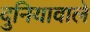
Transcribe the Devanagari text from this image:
दुनियावाले